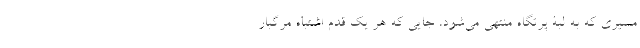
مسیری که به لبۀ پرتگاه منتهی می‌شود، جایی که هر یک قدم اشتباه مرگبار